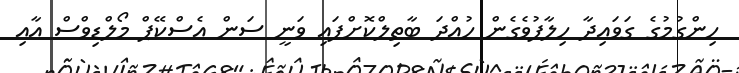
ހިންގުމުގެ ގަވައިދާ ހިލާފުވެގެން ހުއްދަ ބާތިލްކޮށްފައި ވަނީ ސަން އެސްކޭޕް މޯލްޑިވްސް އާއި